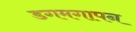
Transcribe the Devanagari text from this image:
डगमगापन